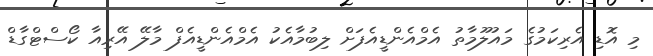
މި އޮޑި އެރިކަމުގެ މައުލޫމާތު އެމްއެންޑީއެފަށް ލިބުމާއެކު އެމްއެންޑީއެފް މާލޭ އޭރިއާ ކޯސްޓްގާޑް